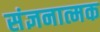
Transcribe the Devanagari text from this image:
संज्ञनात्मक